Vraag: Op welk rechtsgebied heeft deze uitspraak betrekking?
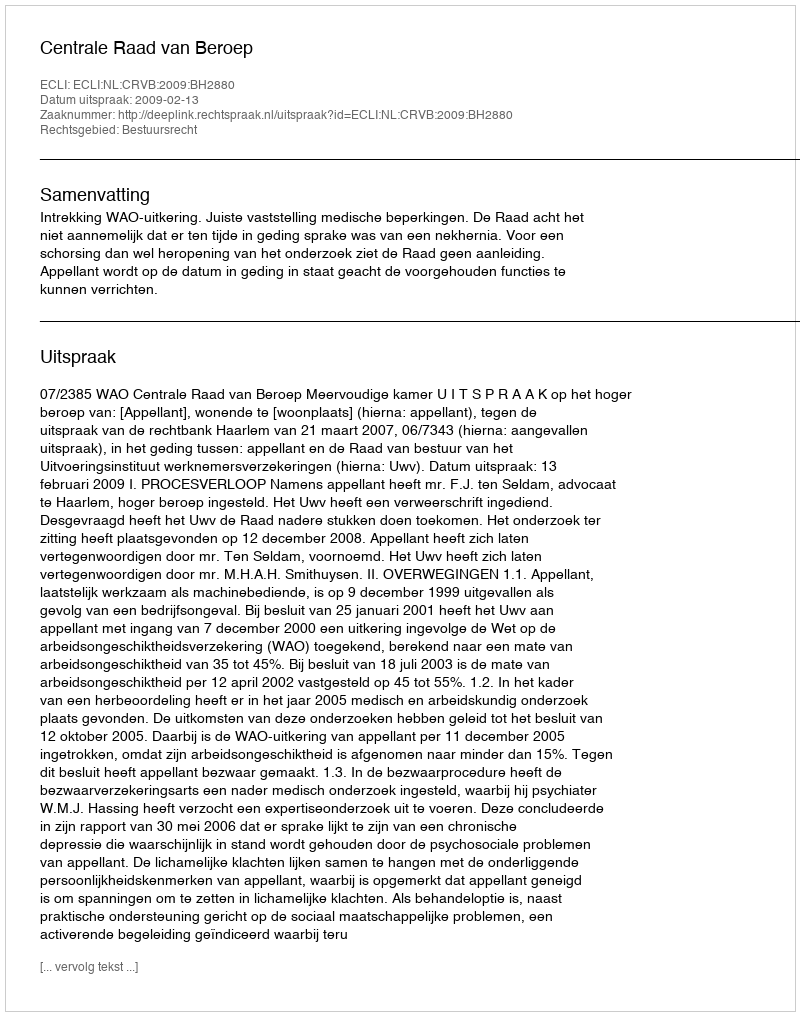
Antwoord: Bestuursrecht